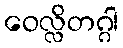
ဝေလ္လိတဂ္ဂါ